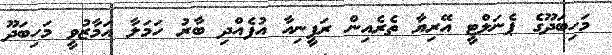
މަހިބަދޫގެ ޕެނަލްޓީ އޭރިޔާ ތެރެއިން ރަފީނިއާ އުފެއްދި ބާރު ހަމަލާ އަމާޒުވީ މަހިބަދޫ